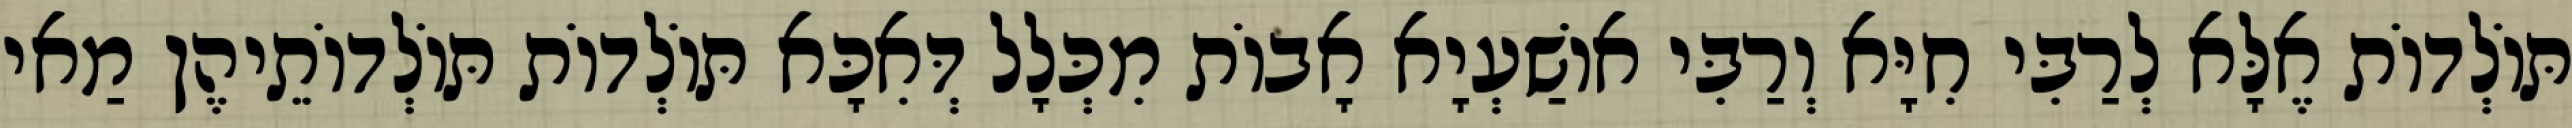
תּוֹלְדוֹת אֶלָּא לְרַבִּי חִיָּא וְרַבִּי אוֹשַׁעְיָא אָבוֹת מִכְּלָל דְּאִכָּא תּוֹלְדוֹת תּוֹלְדוֹתֵיהֶן מַאי